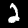
Digit: 2